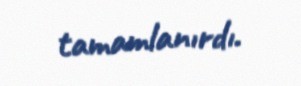
tamamlanırdı.